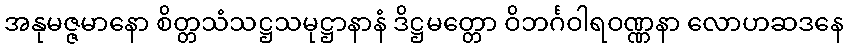
အနုမဇ္ဇမာနော စိတ္တသံသဋ္ဌသမုဋ္ဌာနာနံ ဒိဋ္ဌမတ္တော ဝိဘင်္ဂဝါရဝဏ္ဏနာ လောဟဆဒနေ